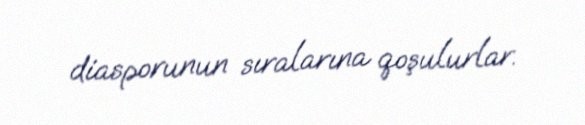
diasporunun sıralarına qoşulurlar.